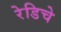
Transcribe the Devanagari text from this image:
रेडिचे